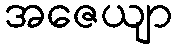
အဇေယျာ